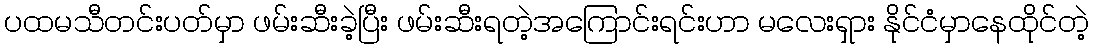
ပထမသီတင်းပတ်မှာ ဖမ်းဆီးခဲ့ပြီး ဖမ်းဆီးရတဲ့အကြောင်းရင်းဟာ မလေးရှား နိုင်ငံမှာနေထိုင်တဲ့